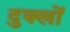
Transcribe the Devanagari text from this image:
दुक्खों